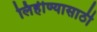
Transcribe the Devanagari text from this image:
लिहीण्यासाठी